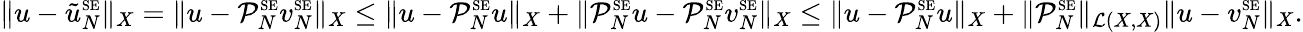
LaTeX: \| u-\tilde{u}_{N}^{\scriptscriptstyle\mathrm{SE}}\| _{X}=\| u-\mathcal{P}_{N}^{\scriptscriptstyle\mathrm{SE}}v_{N}^{\scriptscriptstyle\mathrm{SE}}\| _{X}\leq\| u-\mathcal{P}_{N}^{\scriptscriptstyle\mathrm{SE}}u\| _{X}+\| \mathcal{P}_{N}^{\scriptscriptstyle\mathrm{SE}}u-\mathcal{P}_{N}^{\scriptscriptstyle\mathrm{SE}}v_{N}^{\scriptscriptstyle\mathrm{SE}}\| _{X}\leq\| u-\mathcal{P}_{N}^{\scriptscriptstyle\mathrm{SE}}u\| _{X}+\| \mathcal{P}_{N}^{\scriptscriptstyle\mathrm{SE}}\| _{\mathcal{L}(X,X)}\| u-v_{N}^{\scriptscriptstyle\mathrm{SE}}\| _{X}.